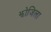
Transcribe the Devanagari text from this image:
झोजिला